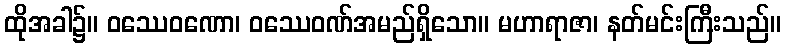
ထိုအခါ၌။ ဝဿေဝဏော၊ ဝဿေဝဏ်အမည်ရှိသော။ မဟာရာဇာ၊ နတ်မင်းကြီးသည်။